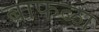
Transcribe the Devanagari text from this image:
बाफळा